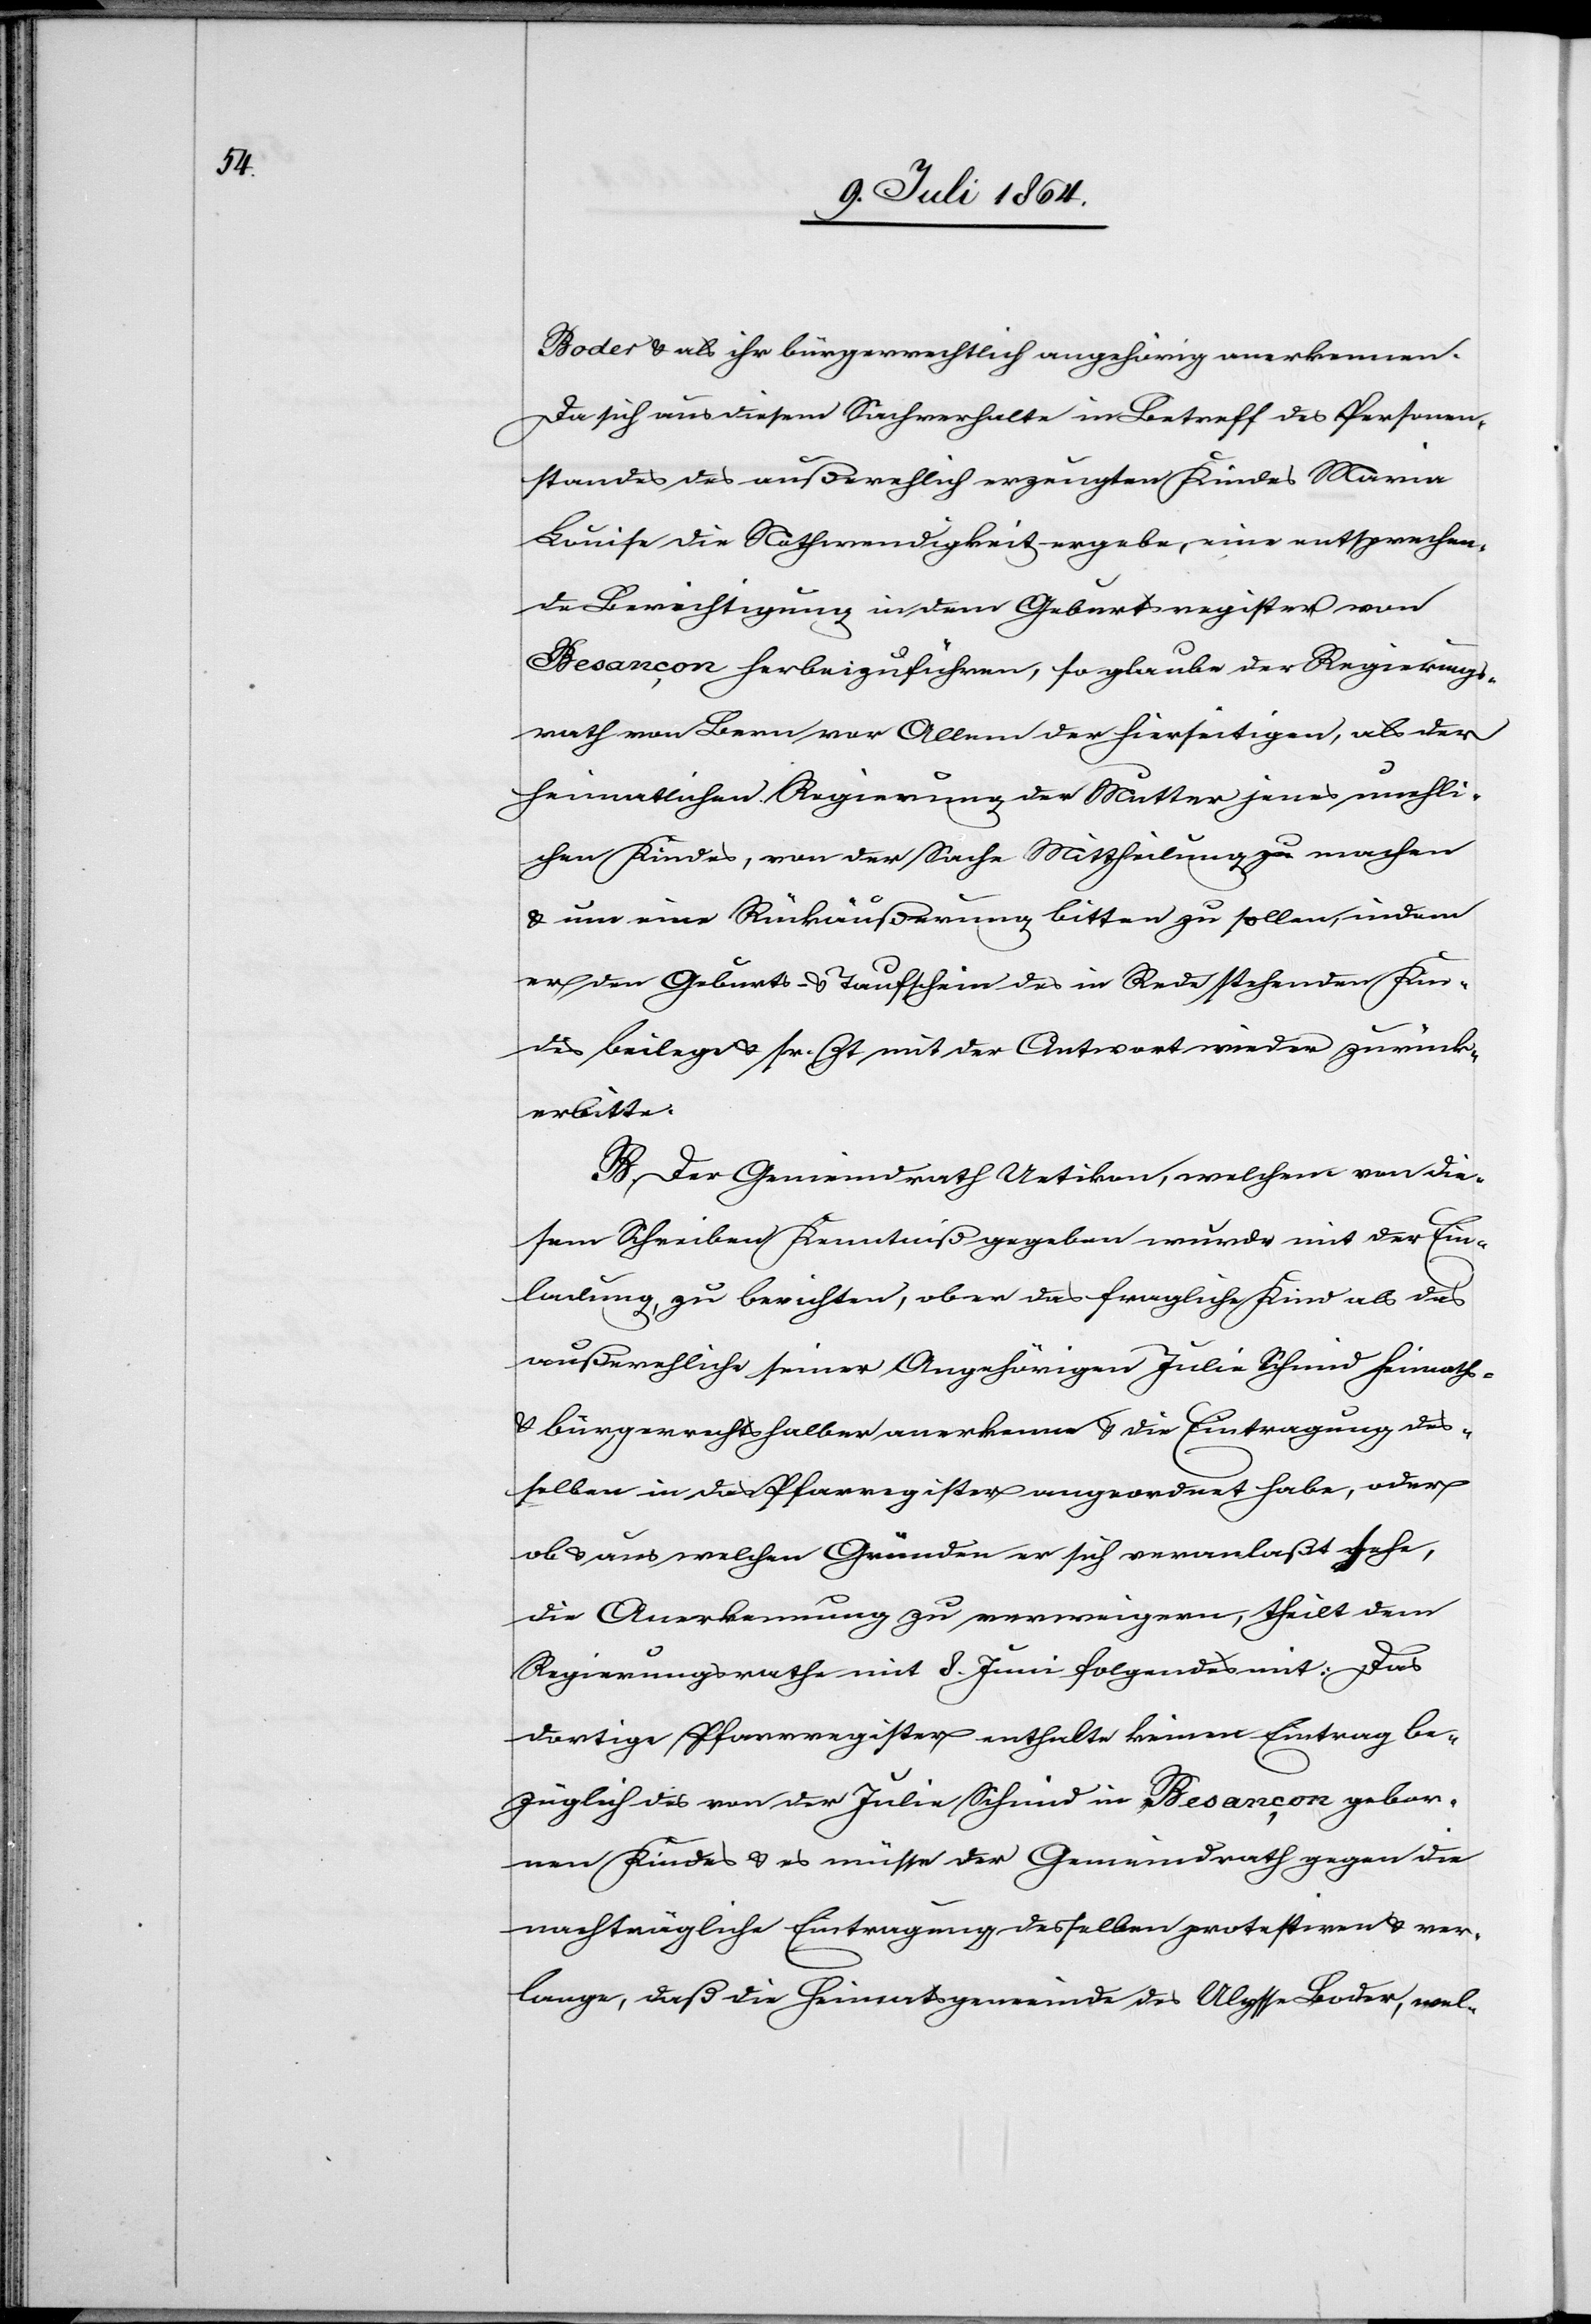
Boder u. als ihr bürgerrechtlich angehörig anerkennen.
Da sich aus diesem Sachverhalte in Betreff des Personen¬
standes des außerehelich erzeugten Kindes Maria
Louise die Nothwendigkeit ergebe, eine entsprechen¬
de Berichtigung in dem Geburtsregister von
Besançon herbeizuführen, so glaube der Regierungs¬
rath von Bern vor Allem der hierseitigen, als der
heimatlichen Regierung der Mutter jenes uneheli¬
chen Kindes, von der Sache Mittheilung zu machen
u. um eine Rückäußerung bitten zu sollen, indem
er den Geburts- u. Taufschein des in Rede stehenden Kin¬
des beilege u. sr. Zt. mit der Antwort wieder zurück
erbitte.
B. Der Gemeindrath Uetikon, welchem von die¬
sem Schreiben Kenntniß gegeben wurde mit der Ein¬
ladung, zu berichten, ob er das fragliche Kind als das
außereheliche seiner Angehörigen Julie Schmid heimath-
u. bürgerrechtshalber anerkenne u. die Eintragung des¬
selben in das Pfarregister angeordnet habe, oder
ob u. aus welchen Gründen er sich veranlaßt sehe,
die Anerkennung zu verweigern, theilt dem
Regierungsrathe mit 8. Juni folgendes mit: Das
dortige Pfarrregister enthalte keinen Eintrag be¬
züglich des von der Julie Schmid in Besançon gebor¬
nen Kindes u. es müsse der Gemeindrath gegen die
nachträgliche Eintragung desselben protestiren u. ver¬
lange, daß die Heimatsgemeinde des Ulysse Boder, wel-